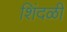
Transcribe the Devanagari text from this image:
शिंदळी